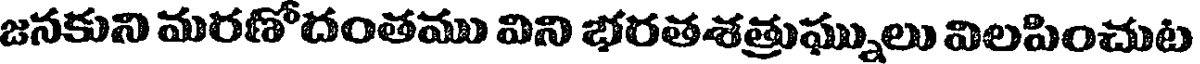
జనకుని మరణోదంతము విని భరతశత్రుఘ్నులు విలపించుట